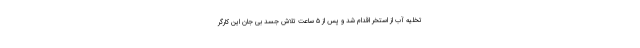
تخلیه آب از استخر اقدام شد و پس از ۵ ساعت تلاش جسد بی جان این کارگر